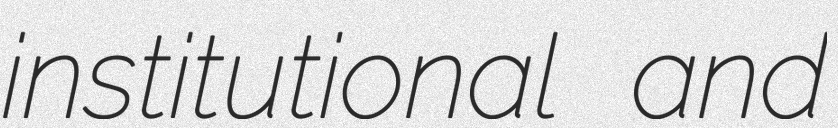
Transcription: institutional and